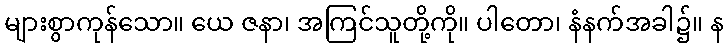
များစွာကုန်သော။ ယေ ဇနာ၊ အကြင်သူတို့ကို။ ပါတော၊ နံနက်အခါ၌။ န